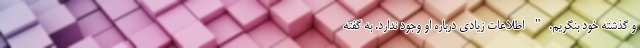
و گذشته خود بنگریم." اطلاعات زیادی درباره او وجود ندارد. به گفته